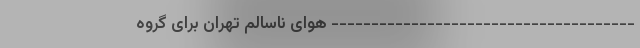
-------------------------------------- هوای ناسالم تهران برای گروه